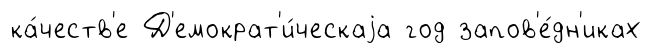
ка́честв'е Д'емократ'и́ческаjа год запов'е́дн'иках